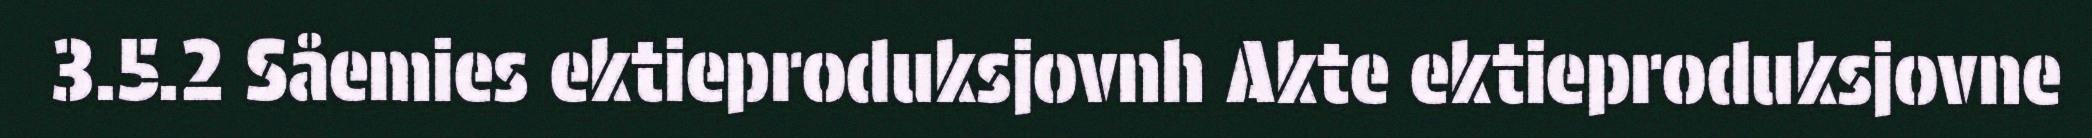
3.5.2 Såemies ektieproduksjovnh Akte ektieproduksjovne